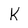
Character: K